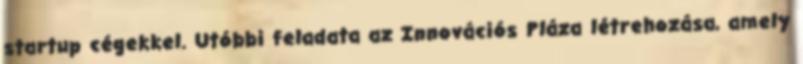
startup cégekkel. Utóbbi feladata az Innovációs Pláza létrehozása, amely